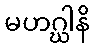
မဟဂ္ဃါနိ